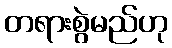
တရားစွဲမည်ဟု